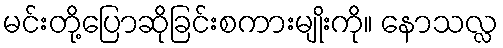
မင်းတို့ပြောဆိုခြင်းစကားမျိုးကို။ နောသလ္လ